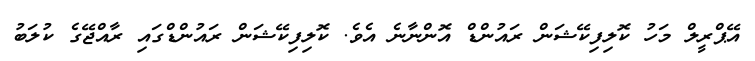
އޭޕްރީލް މަހު ކޮލިފިކޭޝަން ރައުންޑް އޮންނާނެ އެވެ. ކޮލިފިކޭޝަން ރައުންޑްގައި ރާއްޖޭގެ ކުލަބު